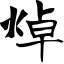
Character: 焯